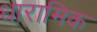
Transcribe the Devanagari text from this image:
धारामिक